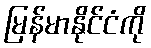
မြန်မာနိုင်ငံကို